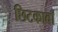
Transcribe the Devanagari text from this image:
छिटकावाँ